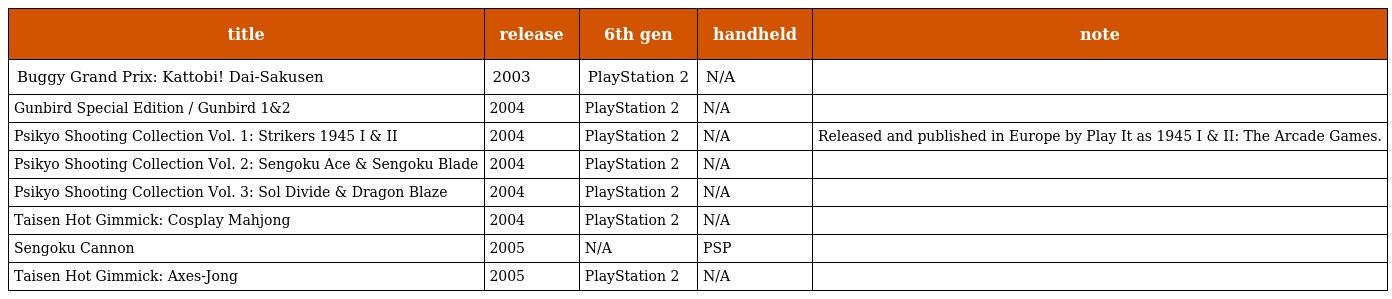
| title | release | 6th gen | handheld | note |
 | --- | --- | --- | --- | --- |
 | Buggy Grand Prix: Kattobi! Dai-Sakusen | 2003 | PlayStation 2 | N/A |  |
 | Gunbird Special Edition / Gunbird 1&2 | 2004 | PlayStation 2 | N/A |  |
 | Psikyo Shooting Collection Vol. 1: Strikers 1945 I & II | 2004 | PlayStation 2 | N/A | Released and published in Europe by Play It as 1945 I & II: The Arcade Games. |
 | Psikyo Shooting Collection Vol. 2: Sengoku Ace & Sengoku Blade | 2004 | PlayStation 2 | N/A |  |
 | Psikyo Shooting Collection Vol. 3: Sol Divide & Dragon Blaze | 2004 | PlayStation 2 | N/A |  |
 | Taisen Hot Gimmick: Cosplay Mahjong | 2004 | PlayStation 2 | N/A |  |
 | Sengoku Cannon | 2005 | N/A | PSP |  |
 | Taisen Hot Gimmick: Axes-Jong | 2005 | PlayStation 2 | N/A |  |